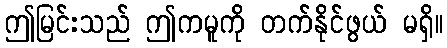
ဤမြင်းသည် ဤကမူကို တက်နိုင်ဖွယ် မရှိ။